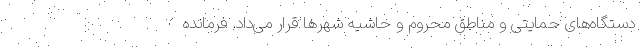
دستگاه‌های حمایتی و مناطق محروم و حاشیه شهرها قرار می‌داد. فرمانده